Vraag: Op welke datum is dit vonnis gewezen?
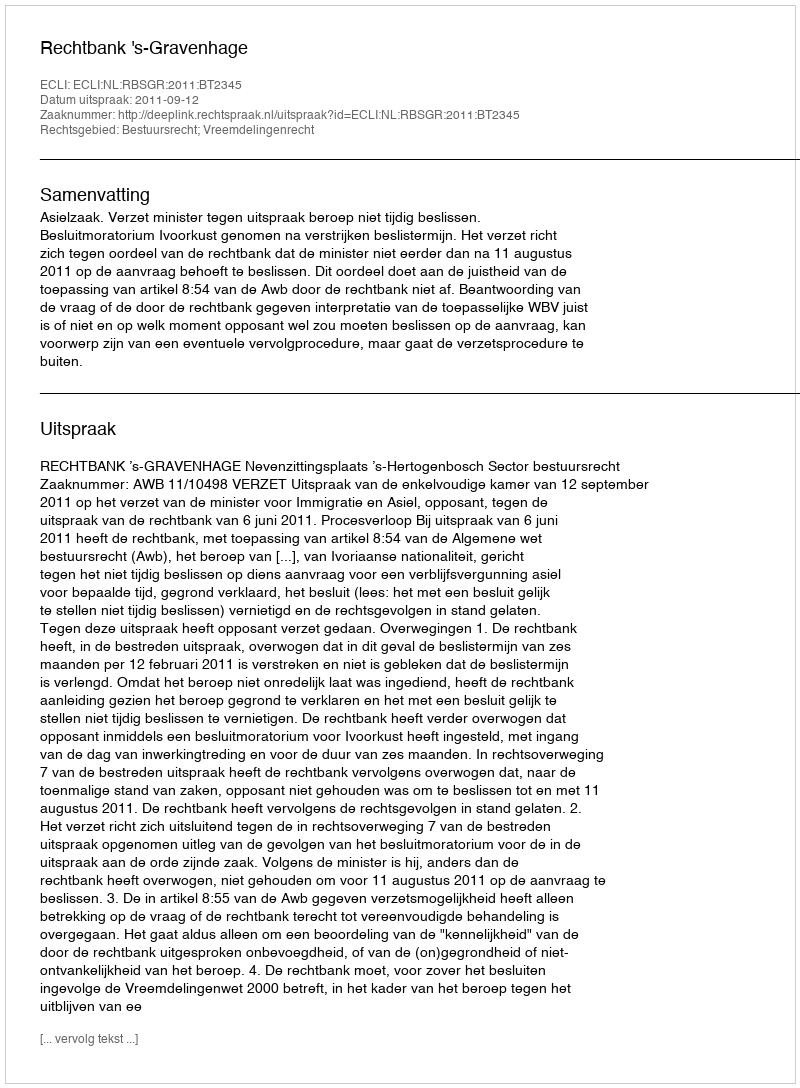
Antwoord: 2011-09-12